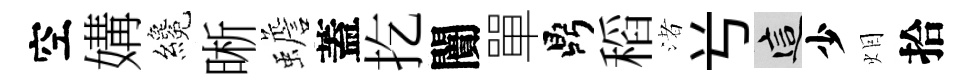
空媾纔晰蟾蓋扢闠單鼎稻渚𠔃這少𤇆拾